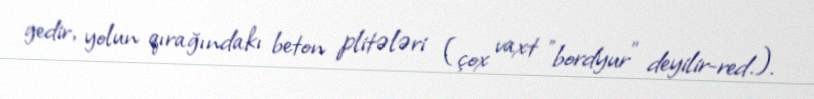
gedir, yolun qırağındakı beton plitələri (çox vaxt ”bordyur" deyilir-red.).